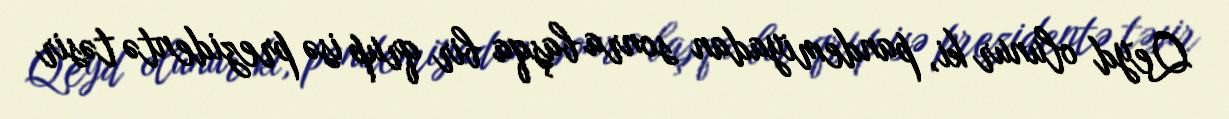
Qeyd olunur ki, pandemiyadan sonra başqa bir qrup isə prezidentə təsir